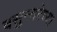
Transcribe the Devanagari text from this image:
वसुन्धरेच्या